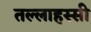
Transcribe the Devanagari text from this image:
तल्लाहस्सी